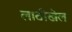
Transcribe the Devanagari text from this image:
लाठीखेल